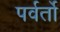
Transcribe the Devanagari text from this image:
पर्वर्तो